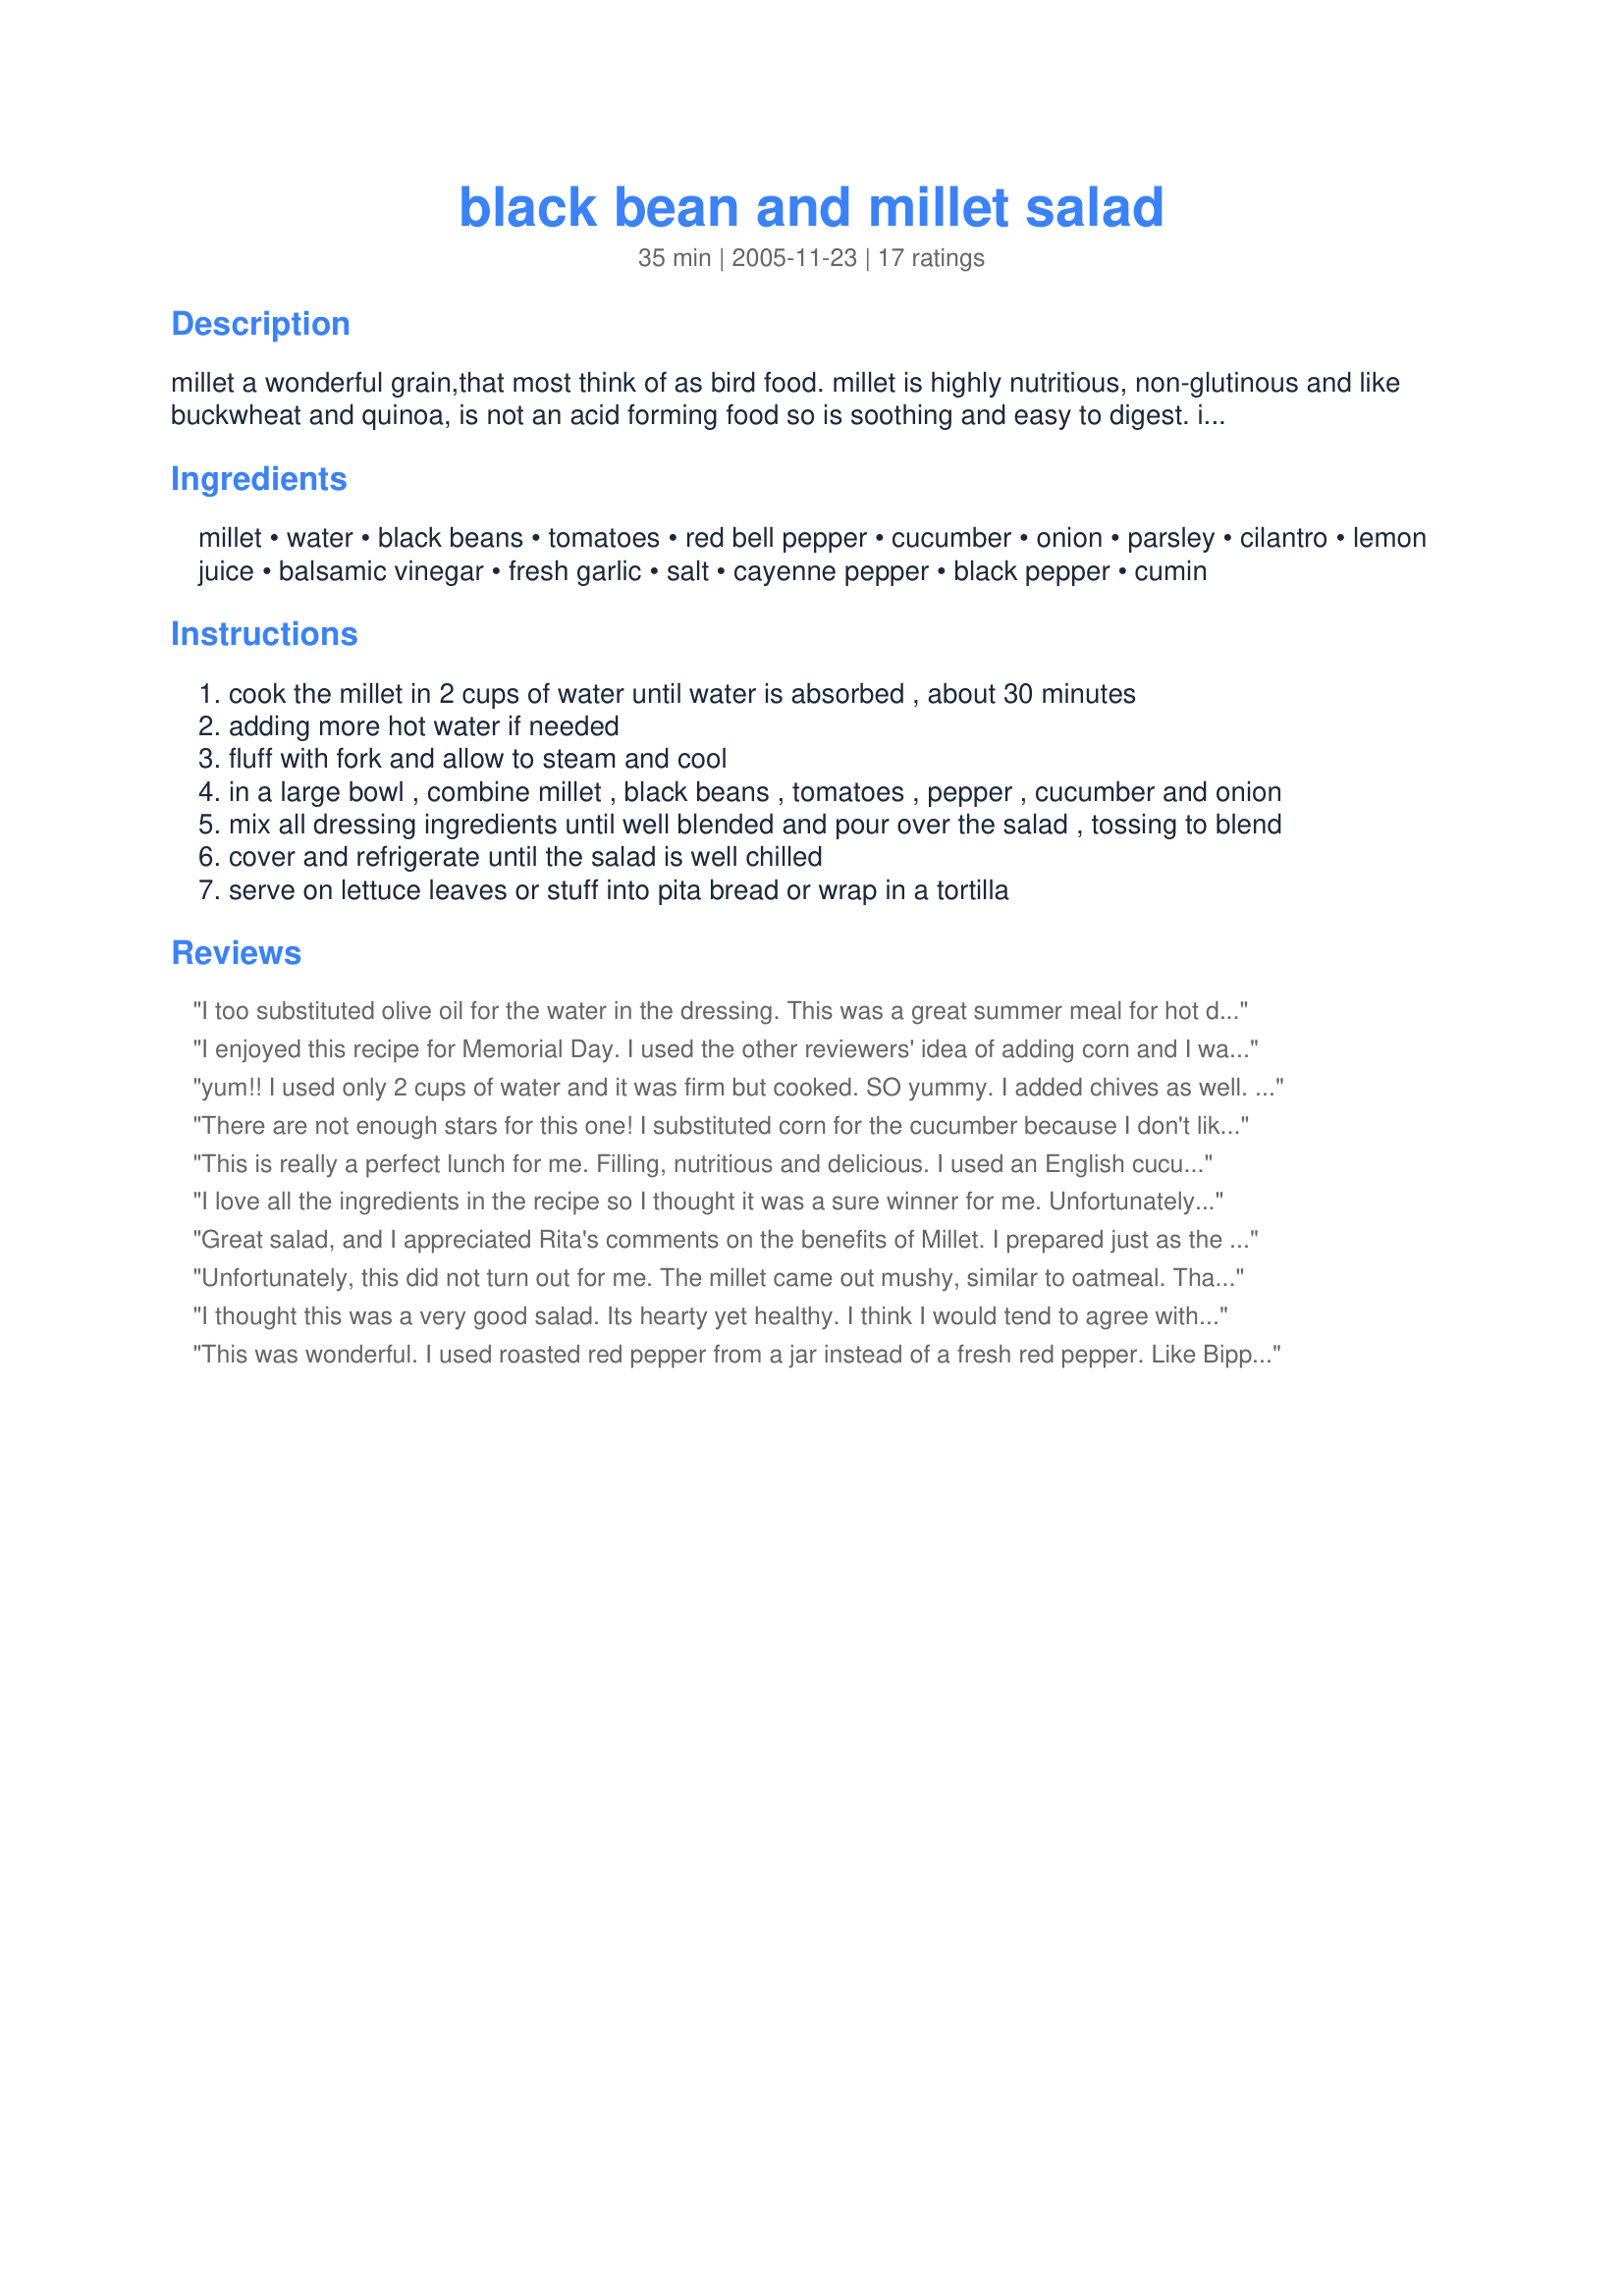
black bean and millet salad
Preparation time: 35 minutes

millet a wonderful grain,that most think of as bird food.
millet is highly nutritious, non-glutinous and like buckwheat and quinoa, is not an acid forming food so is soothing and easy to digest. in fact, it is considered to be one of the least allergenic and most digestible grains available and it is a warming grain so will help to heat the body in cold or rainy seasons and climates.

millet is mildly sweet, nut-like flavor and contains many beneficial nutrients. it is nearly 15% protein, contains high amounts of fiber, b-complex vitamins including niacin, thiamin, and riboflavin, the essential amino acid methionine, lecithin, and some vitamin e. it is high in the minerals iron, magnesium, phosphorous, and potassium.
so eat your millet!

the seeds are also rich in phytochemicals, including phytic acid, which is believed to lower cholesterol, and phytate, which is associated with reduced cancer risk.

Ingredients:
millet, water, black beans, tomatoes, red bell pepper, cucumber, onion, parsley, cilantro, lemon juice, balsamic vinegar, fresh garlic, salt, cayenne pepper, black pepper, cumin

Steps:
cook the millet in 2 cups of water until water is absorbed , about 30 minutes
adding more hot water if needed
fluff with fork and allow to steam and cool
in a large bowl , combine millet , black beans , tomatoes , pepper , cucumber and onion
mix all dressing ingredients until well blended and pour over the salad , tossing to blend
cover and refrigerate until the salad is well chilled
serve on lettuce leaves or stuff into pita bread or wrap in a tortilla

Reviews:
I too substituted olive oil for the water in the dressing. This was a great summer meal for hot days when you don't want to add heat to the house. I used my rice maker to cook the millet. DH commented that this was a substantial meal. He expected it not to be filling, but it was, all by itself.
I enjoyed this recipe for Memorial Day. I used the other reviewers' idea of adding corn and I was generous with the cilantro. I also added a small, finely chopped fresh jalapeno, used 6 green onions for the onion and olive oil instead of water in the dressing. My only complaint is that my millet came out mushy. Next time I will check it after 20 minutes of cooking. My mother-in-law said I should add some salt during cooking as well. Thanks for posting something fun and different! Made as a recipenap for Veg*an Swap, June 2010
yum!! I used only 2 cups of water and it was firm but cooked. SO yummy. I added chives as well. Thanks for the recipe!!
There are not enough stars for this one! I substituted corn for the cucumber because I don't like cucumbers and I added one can of organic kidney beans and one can of organic black beans,rinsed. (DH didn't look at the labels when he went shopping) I liked it immediately, but when I chilled it for about an hour I could hardly stop eating it! Thank you for a great salad.
This is really a perfect lunch for me. Filling, nutritious and delicious. I used an English cucumber so that I could include the skin for some pretty color contrast. I was also short a tablespoon of lemon juice and replaced that with lime which worked quite well. My only criticism - a very minor one - is that the millet was a little softer than I would want. Thinking next time I'll scale back and use about 1/4 cup less water. Thanks Rita.
I love all the ingredients in the recipe so I thought it was a sure winner for me. Unfortunately, I didn't really care for it. My fault, I'm sure. I had never cooked millet before and it was very mushy. I like my grains a little firmer. I may try this recipe again using a different grain. Brown rice or barley, perhaps.
Great salad, and I appreciated Rita's comments on the benefits of Millet. I prepared just as the recipe read, except only had one can of beans. Since we may not finish it for a couple of days,next time I will add the cuke and tomatoes when I serve it.
Unfortunately, this did not turn out for me. The millet came out mushy, similar to oatmeal. That might be my fault because I did not rinse it or use any salt when cooking but as a millet virgin I didn't realize I should do that until too late. I used dried black beans and left out the peppers because I didn't have any. I really hoped I would like this because it sounded so fresh and yummy but the texture was just not to my liking, sorry.
I thought this was a very good salad. Its hearty yet healthy. I think I would tend to agree with Tony. I would cut down the amount of water when cooking the millet. Definitely something I will be making again! Thank you Rita.
This was wonderful. I used roasted red pepper from a jar instead of a fresh red pepper. Like Bippie I don't care for cucumber but instead of using corn in its place (which I will probably try next time) I just left it out. Even my husband loved this salad... and that's the first time I think my husband has ever loved a salad!
Wow! This is great! I only made half of a recipe, because I didn't think the kids would go for it. I was right about that, but I wish I had leftovers! I used the smaller amount of water in the recipe and only cooked the millet for 20 minutes and it was perfect. I mixed the hot millet with the beans and refrigerated before mixing in the vegetables, so they would stay nice and fresh. I used green bell pepper, and it made for a very colorful and tasty dish.

I made this again today and was in a hurry, so I forgot to ONLY use 2.5 cups of water. Big mistake! The taste is still great, but the texture is too sticky. I'll pay closer attention next time.
This is simply beautiful and delish! Very yummy healthy meal! I could not wait for it to get cold- so I ate some well it was room temp- man if this is better cold I am in for a real treat! Loved the smoky cumin in the dressing- what a neat twist! Thanks Rita for keeping me healthy and well fed!
Love this! Couldn't find millet so used couscous, which worked very well, though I do want to try again with millet. Also used extra tomato. Very flavorful (reminiscent of gazpacho) and satisfying. Perfect for my potluck and leftovers. Even as a beginner it was very easy to make! Next time I may use more garlic & cumin, just because I like spicy. But very good as is! Thanks!
I used 1 can of diced tomatoes, just because I didn't have fresh on hand. 

I used one can of chili beans, because I didn't have black beans.

I used corn instead of cucumber because I knew I wouldn't finish it in one sitting.

I used a green pepper instead of a red pepper because that is what I had. 

Next time I will only use 2 cups of water to cook the millet with, which I hope will allow it to soak up the dressing a little better. It did have a little bit of water at the bottom!
Typically, I'm not a salad person. That being said, this was a darned good salad in my book. I didn't have any fresh peppers, so I threw some green onions in the mix. This is a 100% guilt free meal - feels very fresh and non-fussy. I may throw some feta cheese in the mix and have it on a bed of romaine. Endless possibilities here! Thanks!
I was all ready to cook this recipe...had the millet cooking and everything until I read the Nutrition Facts. 704 mg of sodium is awfully high for one meal and if you add salt to the water, it's probably even higher. In watching my blood pressure I will have to find recipes that are lower sodium content. I think this is high for anyone for one meal. I will probably try my own millet salad which would have less salt content. Thanks for the inspiration though.
This is a delicious, low fat salad. I thought it was even better the next day, so I'm glad I made the full recipe for the two of us. I used one can of black beans (which meant I only used 1 1/2 cups of beans), and I used shallots instead of onion (raw onion is usually too sharp of a taste for me). Thanks for sharing this recipe; it was a hit!
